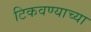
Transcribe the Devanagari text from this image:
टिकवण्याच्या